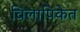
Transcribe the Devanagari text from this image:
विलापिकेत